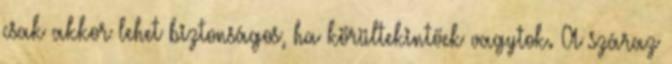
csak akkor lehet biztonságos, ha körültekintőek vagytok. A száraz